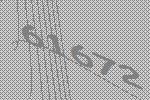
61672